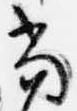
当